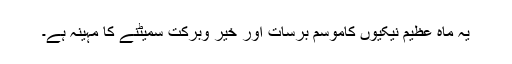
یہ ماہ عظیم نیکیوں کاموسم برسات اور خیر وبرکت سمیٹنے کا مہینہ ہے۔